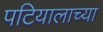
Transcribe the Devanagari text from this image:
पटियालाच्या